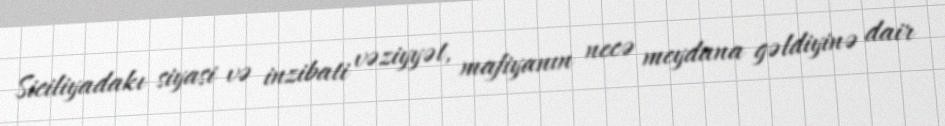
Siciliyadakı siyasi və inzibati vəziyyət, mafiyanın necə meydana gəldiyinə dair